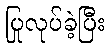
ပြုလုပ်ခဲ့ပြီး